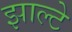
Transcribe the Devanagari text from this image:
झाल्टे